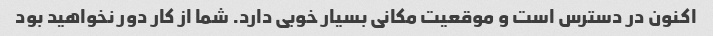
اکنون در دسترس است و موقعیت مکانی بسیار خوبی دارد. شما از کار دور نخواهید بود